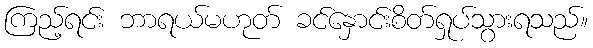
ကြည့်ရင်း ဘာရယ်မဟုတ် ခင်နှောင်းစိတ်ရှုပ်သွားရသည်။